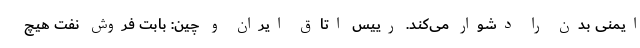
ایمنی بدن را دشوار می‌کند. رییس اتاق ایران و چین: بابت فروش نفت هیچ